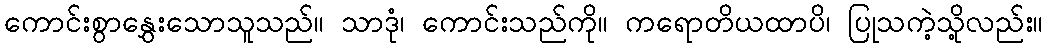
ကောင်းစွာနွှေးသောသူသည်။ သာဒုံ၊ ကောင်းသည်ကို။ ကရောတိယထာပိ၊ ပြုသကဲ့သို့လည်း။